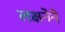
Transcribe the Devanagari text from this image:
लक्षनेने